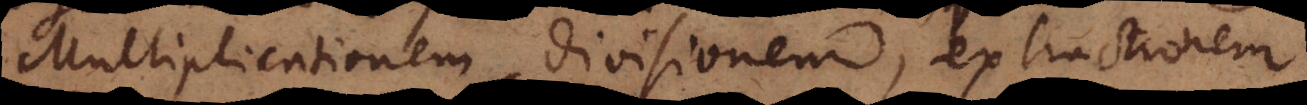
Multiplicationem, divisionem, extractionem